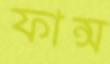
ফান্স